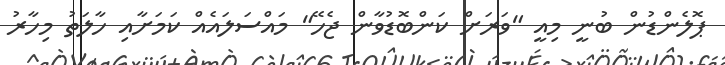
ޕޮލެންޑުން ބުނީ މިއީ "ވަރަށް ކަންބޮޑުވާން ޖެހޭ" މައްސަލައެއް ކަމަށާއި ހާލަތު މިހާރު